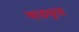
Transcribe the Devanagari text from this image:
वाढवुया